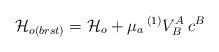
LaTeX: \begin{align*}{\cal H}_{o(brst)} = {\cal H}_{o} + \mu_a\,{}^{(1)}V_B^A \,c^B\end{align*}